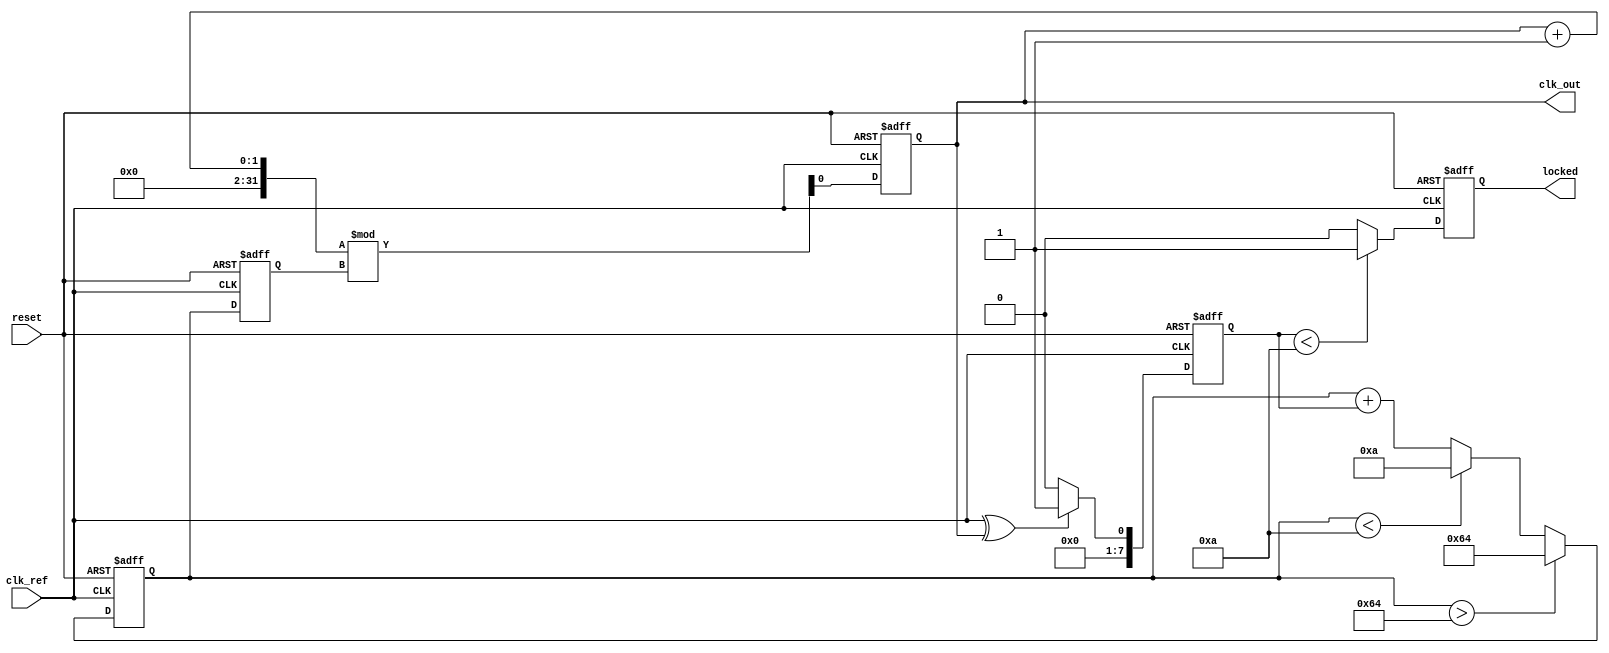
module dual_loop_pll (
    input wire clk_ref,         // Reference clock input
    input wire reset,           // Reset signal
    output reg clk_out,         // Output clock
    output reg locked           // Lock status
);

    // Parameters
    parameter integer VCO_MAX_FREQ = 100; // Max VCO frequency
    parameter integer VCO_MIN_FREQ = 10;   // Min VCO frequency
    parameter integer PHASE_MARGIN = 10;    // Phase margin for stability

    // Internal signals
    reg [7:0] phase_error;      // Phase error signal
    reg [7:0] control_voltage;   // Control voltage for VCO
    reg [7:0] vco_freq;          // Current VCO frequency
    reg [7:0] feedback;          // Feedback signal

    // Phase Detector (PD)
    always @(posedge clk_ref or posedge reset) begin
        if (reset) begin
            phase_error <= 0;
        end else begin
            // Simple XOR phase detector
            phase_error <= (clk_ref ^ clk_out) ? 1 : 0;
        end
    end

    // Loop Filter (Outer Loop)
    always @(posedge clk_ref or posedge reset) begin
        if (reset) begin
            control_voltage <= 0;
        end else begin
            // Simple integrator for loop filter
            control_voltage <= control_voltage + phase_error;
            // Clamp control voltage to VCO range
            if (control_voltage > VCO_MAX_FREQ) begin
                control_voltage <= VCO_MAX_FREQ;
            end else if (control_voltage < VCO_MIN_FREQ) begin
                control_voltage <= VCO_MIN_FREQ;
            end
        end
    end

    // Voltage-Controlled Oscillator (VCO)
    always @(posedge clk_ref or posedge reset) begin
        if (reset) begin
            vco_freq <= VCO_MIN_FREQ;
            clk_out <= 0;
        end else begin
            // Adjust VCO frequency based on control voltage
            vco_freq <= control_voltage;
            // Generate output clock based on VCO frequency
            clk_out <= (clk_out + 1) % vco_freq; // Simplified clock generation
        end
    end

    // Feedback Path
    always @(posedge clk_out or posedge reset) begin
        if (reset) begin
            feedback <= 0;
        end else begin
            feedback <= clk_out; // Feedback the output clock
        end
    end

    // Lock Detection
    always @(posedge clk_ref or posedge reset) begin
        if (reset) begin
            locked <= 0;
        end else begin
            // Simple lock detection logic
            if (phase_error < PHASE_MARGIN) begin
                locked <= 1; // Locked if phase error is within margin
            end else begin
                locked <= 0; // Not locked
            end
        end
    end

endmodule